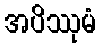
အပိဿုမံ